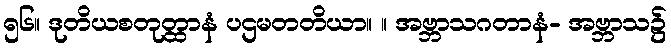
၅၆။ ဒုတိယစတုတ္ထာနံ ပဌမတတိယာ။ ။ အဗ္ဘာသဂတာနံ- အဗ္ဘာသ၌